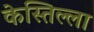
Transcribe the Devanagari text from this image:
केस्तिल्ला